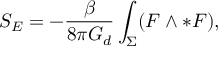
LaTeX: S _ { E } = - \frac { \beta } { 8 \pi G _ { d } } \int _ { \Sigma } ( F \wedge \ast F ) ,